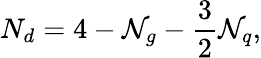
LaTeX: N_{d}=4-{\cal N}_{g}-\frac 32{\cal N}_{q},